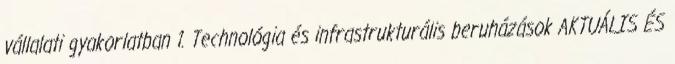
vállalati gyakorlatban 1. Technológia és infrastrukturális beruházások AKTUÁLIS ÉS